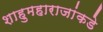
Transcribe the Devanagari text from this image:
शाहुमहाराजांकडे